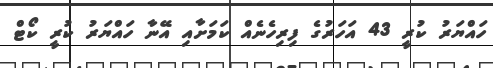
ހައްޔަރު ކުރީ 43 އަހަރުގެ ފިރިހެނެއް ކަމަށާއި އޭނާ ހައްޔަރު ކުރީ ކޯޓް